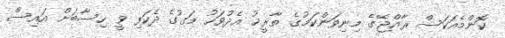
ކޮންމެއަކަސް ރާއްޖޭގެ މިނިވަންކަމުގެ ތާރީޚު އެދުވަހު މަގުގެ ދެކަފި ވީ ހިސާބަށް އައިސް